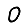
Digit: 0